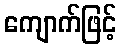
ကျောက်ဖြင့်